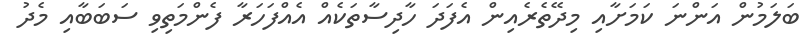
ބަލަމުން އަންނަ ކަމަށާއި މިދޭތެރެއިން އެފަދަ ހާދިސާތަކެއް އެއްފަހަރާ ފެންމަތިވި ސަބަބާއި މެދު